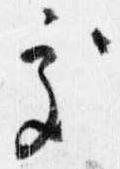
処